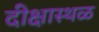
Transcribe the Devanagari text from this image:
दीक्षास्थळ